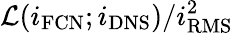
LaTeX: \mathcal{L}({i}_{\mathrm{FCN}};{i}_{\mathrm{DNS}})/i_{\mathrm{RMS}}^{2}